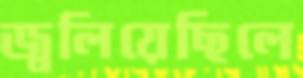
জ্বলিয়েছিলে